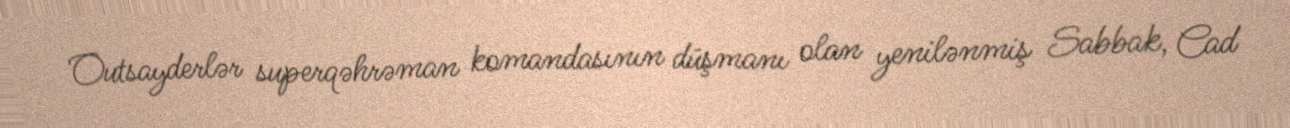
Outsayderlər superqəhrəman komandasının düşmanı olan yenilənmiş Sabbak, Cad